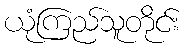
ယုံကြည်သူတိုင်း